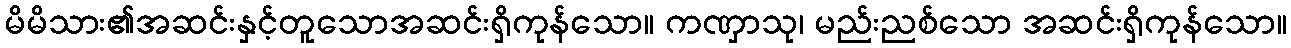
မိမိသား၏အဆင်းနှင့်တူသောအဆင်းရှိကုန်သော။ ကဏှာသု၊ မည်းညစ်သော အဆင်းရှိကုန်သော။